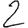
Digit: 2